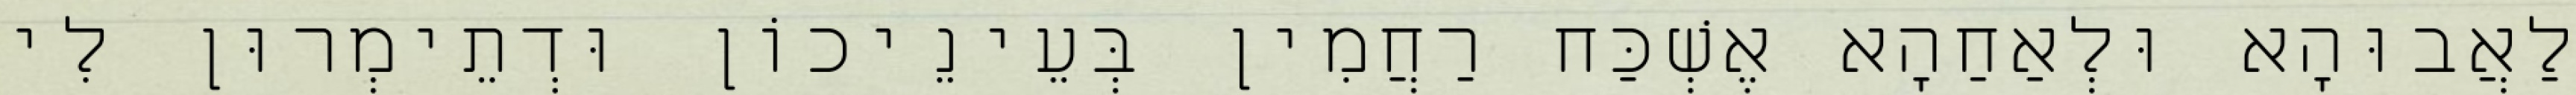
לַאֲבוּהָא וּלְאַחַהָא אֶשְׁכַּח רַחֲמִין בְּעֵינֵיכוֹן וּדְתֵימְרוּן לִי